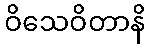
ဝိသေဝိတာနိ